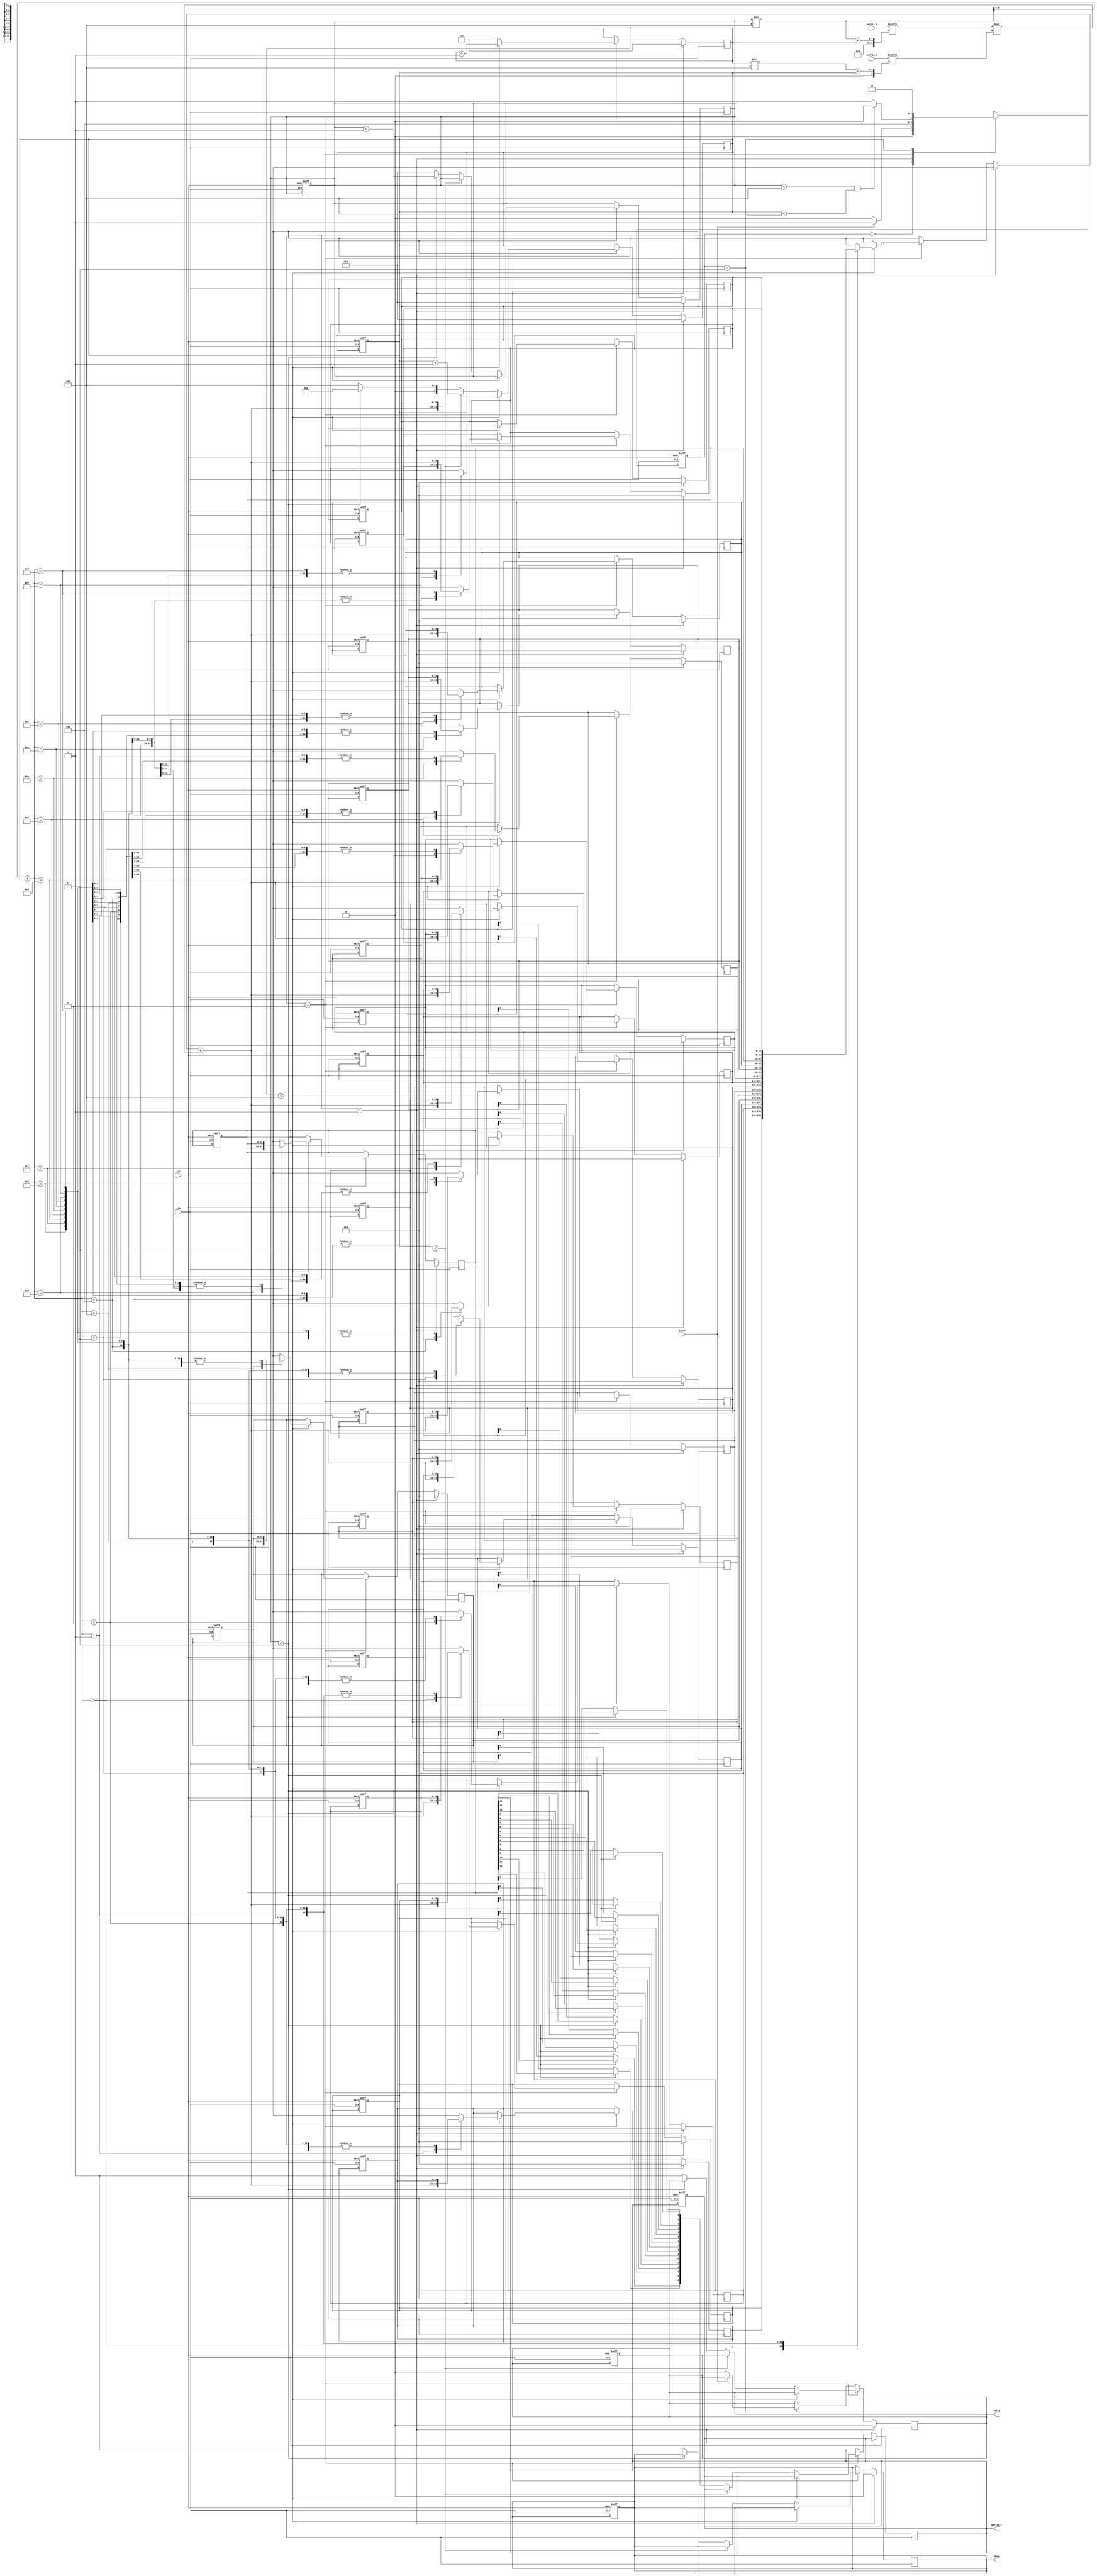
module stencil_multiplier #(
    parameter M = 4, // Rows in matrix A
    parameter N = 4, // Columns in matrix A and Rows in matrix B
    parameter P = 4  // Columns in matrix B
)(
    input clk,
    input rst,
    input start,
    input [M*N-1:0] matrix_a, // Flattened matrix A (MxN)
    input [N*P-1:0] matrix_b, // Flattened matrix B (NxP)
    output reg [M*P-1:0] matrix_c, // Flattened result matrix C (MxP)
    output reg valid,
    output reg done
);

    reg [1:0] state, next_state;
    reg [3:0] i, j, k; // Loop counters
    reg [15:0] partial_product; // To hold intermediate multiplication results
    reg [15:0] sum [0:M-1][0:P-1]; // To hold the sum of products

    // State encoding
    localparam IDLE = 2'b00,
               LOAD = 2'b01,
               MULTIPLY = 2'b10,
               DONE = 2'b11;

    // FSM for control
    always @(posedge clk or posedge rst) begin
        if (rst) begin
            state <= IDLE;
            valid <= 0;
            done <= 0;
            matrix_c <= 0;
            for (i = 0; i < M; i = i + 1) begin
                for (j = 0; j < P; j = j + 1) begin
                    sum[i][j] = 0;
                end
            end
        end else begin
            state <= next_state;
        end
    end

    // Next state logic
    always @(*) begin
        case (state)
            IDLE: begin
                if (start) next_state = LOAD;
                else next_state = IDLE;
            end
            LOAD: next_state = MULTIPLY;
            MULTIPLY: begin
                if (i < M && j < P) next_state = MULTIPLY;
                else next_state = DONE;
            end
            DONE: next_state = IDLE;
            default: next_state = IDLE;
        endcase
    end

    // Matrix multiplication logic
    always @(posedge clk) begin
        if (state == LOAD) begin
            // Reset counters
            i <= 0;
            j <= 0;
            k <= 0;
            valid <= 0;
            done <= 0;
            // Initialize sum matrix
            for (i = 0; i < M; i = i + 1) begin
                for (j = 0; j < P; j = j + 1) begin
                    sum[i][j] = 0;
                end
            end
        end else if (state == MULTIPLY) begin
            if (k < N) begin
                // Perform multiplication and accumulate
                partial_product = matrix_a[i*M + k] * matrix_b[k*P + j];
                sum[i][j] = sum[i][j] + partial_product;
                k = k + 1;
            end else begin
                // Move to the next column
                k = 0;
                if (j < P - 1) begin
                    j = j + 1;
                end else begin
                    j = 0;
                    if (i < M - 1) begin
                        i = i + 1;
                    end else begin
                        // Store results in matrix_c
                        for (i = 0; i < M; i = i + 1) begin
                            for (j = 0; j < P; j = j + 1) begin
                                matrix_c[i*P + j] = sum[i][j];
                            end
                        end
                        valid <= 1;
                        done <= 1;
                    end
                end
            end
        end else if (state == DONE) begin
            // Reset valid signal for next operation
            if (!start) valid <= 0;
        end
    end

endmodule